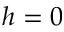
h = 0